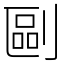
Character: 剾